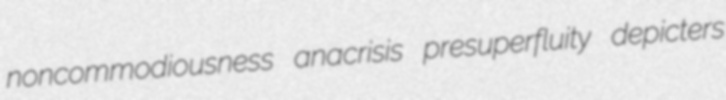
noncommodiousness anacrisis presuperfluity depicters